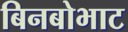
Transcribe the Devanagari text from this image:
बिनबोभाट